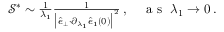
\begin{array} { r } { \mathcal { S } ^ { * } \sim \frac { 1 } { \lambda _ { 1 } } \frac { 1 } { \big \vert \hat { e } _ { \perp } { \cdot } \partial _ { \lambda _ { 1 } } \hat { e } _ { 1 } ( 0 ) \big \vert ^ { 2 } } \, , ~ ~ ~ \mathrm { ~ a ~ s ~ } ~ \lambda _ { 1 } \rightarrow 0 \, . } \end{array}